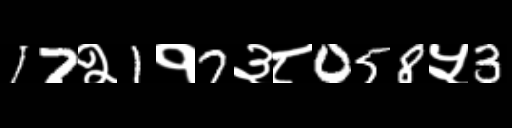
Text: 17२1१7३८058५3